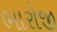
ભારોજી